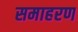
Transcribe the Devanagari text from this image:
समाहरण